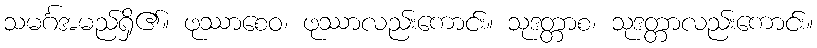
သမင်္ဂအမည်ရှိ၏။ ဖုဿာစေဝ၊ ဖုဿာလည်းကောင်း။ သုဒတ္တာစ၊ သုဒတ္တာလည်းကောင်း။